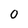
Character: 0